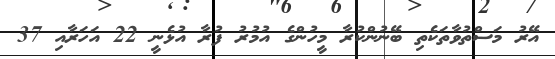
އޭރު މަސްތުވާތަކެތި ބޭނުންކުރާ މީހުންގެ އުމުރު ފުރާ އުޅެނީ 22 އަހަރާއި 37